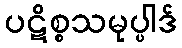
ပဋိစ္စသမုပ္ပါဒ်